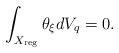
LaTeX: \begin{align*}\int_{X_{\mathrm{reg}}} \theta_{\xi} dV_{q} = 0.\end{align*}